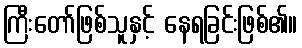
ကြီးတော်ဖြစ်သူနှင့် နေရခြင်းဖြစ်၏။